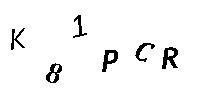
K81PCR